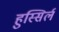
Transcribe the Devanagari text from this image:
हुस्सिर्ल